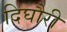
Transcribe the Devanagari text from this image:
दिघौरी